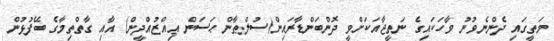
މަތީގައި ދެންނެވުނު ވާހަކައިގެ ނަތީޖާއަކަށްވީ ދޮންބަންޑާރައިން(ސުލްޠާން ޙަސަން ޢިއްޒުއްދީން) އާއި ގާތްތިމާގެ ބޭފުޅުން